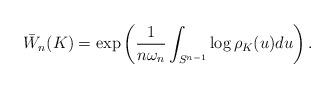
LaTeX: \begin{align*}\bar{W}_n(K)= \exp\left(\frac{1}{n\omega_n}\int_{S^{n-1}}\log \rho_K(u)du\right).\end{align*}